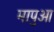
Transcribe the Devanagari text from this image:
मापुआ